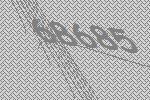
68685